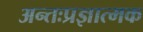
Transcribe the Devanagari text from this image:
अन्तःप्रज्ञात्मक